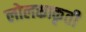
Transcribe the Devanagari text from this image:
लोलकाकृती